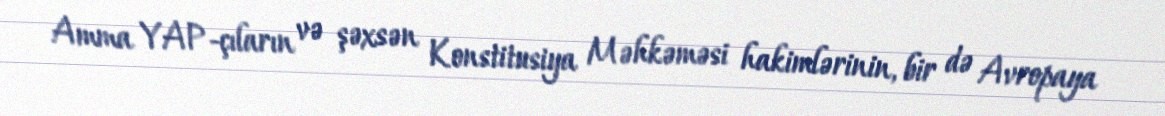
Amma YAP-çıların və şəxsən Konstitusiya Məhkəməsi hakimlərinin, bir də Avropaya